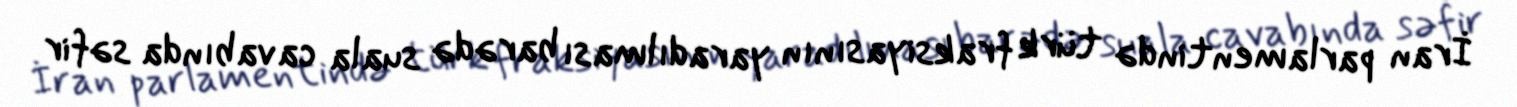
İran parlamentində türk fraksiyasının yaradılması barədə suala cavabında səfir